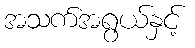
အသက်အရွယ်နှင့်